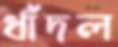
ধাঁদল